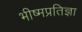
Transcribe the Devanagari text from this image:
भीष्मप्रतिज्ञा